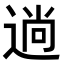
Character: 𮞢